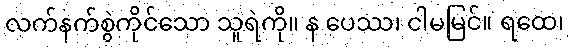
လက်နက်စွဲကိုင်သော သူရဲကို။ န ပေဿ၊ ငါမမြင်။ ရထေ၊